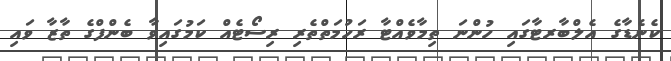
ކެނެޑާގެ އެލްބާރޓާގައި ހުންނަ ތިމާވެއްޓާ ރަހުމަތްތެރި ރިސޯޓެއް ކަމުގައިވާ ބެންފްގެ ތާޒާ ވައި